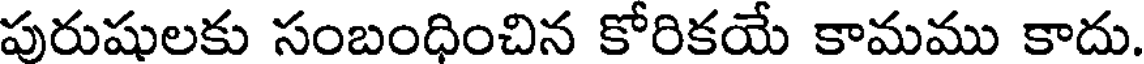
పురుషులకు సంబంధించిన కోరికయే కామము కాదు.